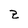
Character: Z